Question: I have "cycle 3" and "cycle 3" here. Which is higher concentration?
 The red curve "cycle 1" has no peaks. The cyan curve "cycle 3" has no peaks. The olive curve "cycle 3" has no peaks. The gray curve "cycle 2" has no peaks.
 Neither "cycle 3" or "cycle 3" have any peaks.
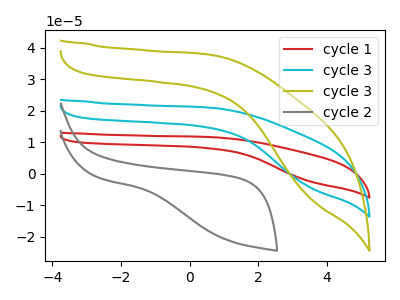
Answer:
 <answer>I cant tell if "cycle 3" or "cycle 3" has higher concentration.</answer>
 <eval>mixed_concentration</eval>